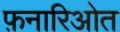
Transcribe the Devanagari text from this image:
फ़नारिओत